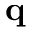
\mathbf { q }